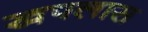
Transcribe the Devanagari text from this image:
खपलास